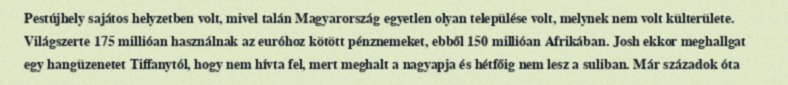
Pestújhely sajátos helyzetben volt, mivel talán Magyarország egyetlen olyan települése volt, melynek nem volt külterülete. Világszerte 175 millióan használnak az euróhoz kötött pénznemeket, ebből 150 millióan Afrikában. Josh ekkor meghallgat egy hangüzenetet Tiffanytól, hogy nem hívta fel, mert meghalt a nagyapja és hétfőig nem lesz a suliban. Már századok óta